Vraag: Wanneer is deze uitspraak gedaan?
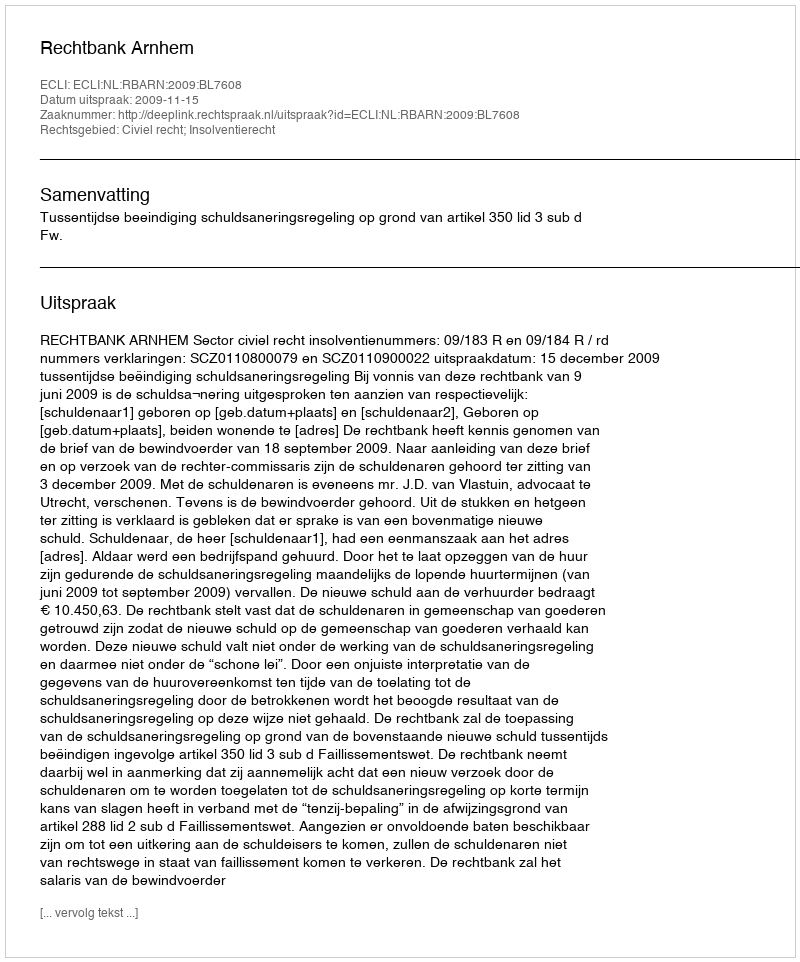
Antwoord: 2009-11-15